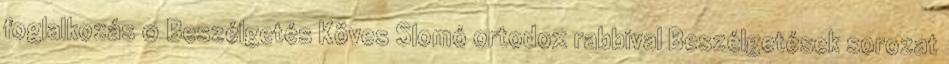
foglalkozás 0 Beszélgetés Köves Slomó ortodox rabbival Beszélgetések sorozat